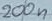
Text: 200n